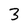
Character: 3